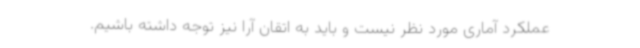
عملکرد آماری مورد نظر نیست و باید به اتقان آرا نیز توجه داشته باشیم.